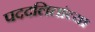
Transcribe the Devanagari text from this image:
पददलितांच्या